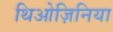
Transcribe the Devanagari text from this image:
थिओज़िनिया